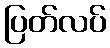
ပြတ်လပ်